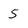
Character: 5